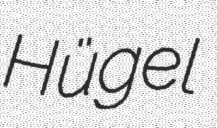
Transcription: Hügel